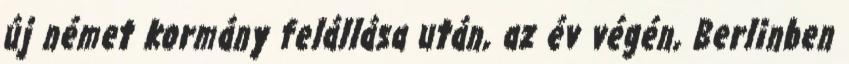
új német kormány felállása után, az év végén, Berlinben